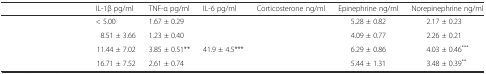
<table><thead><tr><td>[EMPTY_CELL]</td><td><b>IL-1β pg/ml</b></td><td><b>TNF-α pg/ml</b></td><td><b>IL-6 pg/ml</b></td><td><b>Corticosterone ng/ml</b></td><td><b>Epinephrine ng/ml</b></td><td><b>Norepinephrine ng/ml</b></td></tr></thead><tbody><tr><td>[EMPTY_CELL]</td><td>&lt; 5.00</td><td>1.67 ± 0.29</td><td>[EMPTY_CELL]</td><td>[EMPTY_CELL]</td><td>5.28 ± 0.82</td><td>2.17 ± 0.23</td></tr><tr><td>[EMPTY_CELL]</td><td>8.51 ± 3.66</td><td>1.23 ± 0.40</td><td>[EMPTY_CELL]</td><td>[EMPTY_CELL]</td><td>4.09 ± 0.77</td><td>2.26 ± 0.21</td></tr><tr><td>[EMPTY_CELL]</td><td>11.44 ± 7.02</td><td>3.85 ± 0.51**</td><td>41.9 ± 4.5***</td><td>[EMPTY_CELL]</td><td>6.29 ± 0.86</td><td>4.03 ± 0.46<sup>***</sup></td></tr><tr><td>[EMPTY_CELL]</td><td>16.71 ± 7.52</td><td>2.61 ± 0.74</td><td>[EMPTY_CELL]</td><td>[EMPTY_CELL]</td><td>5.44 ± 1.31</td><td>3.48 ± 0.39<sup>**</sup></td></tr></tbody></table>